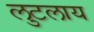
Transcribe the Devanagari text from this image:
लुटलाय